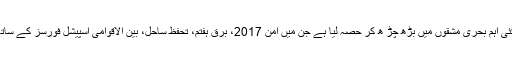
انہوں نے بتایا آپریشنل سرگرمیوں کے علاوہ کوسٹل کمانڈ نے کئی اہم بحری مشقوں میں بڑھ چڑ ھ کر حصہ لیا ہے جن میں امن 2017، برق ہفتم، تحفظ ساحل، بین الاقوامی اسپیشل فورسز کے ساتھ مشترکہ مشق دفاع ساحل اور ائر ڈیفنس گنز فائرنگ شامل ہیں۔